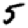
Digit: 5